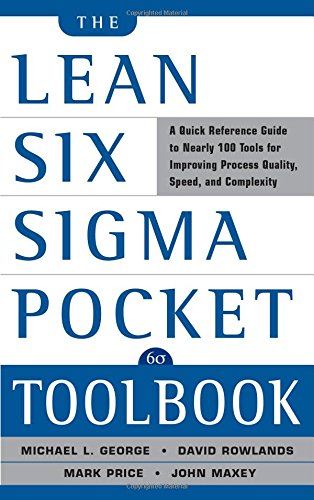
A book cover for The Lean Six Sigma Pocket Toolbook: A Quick Reference Guide to 100 Tools for Improving Quality and Speed; Michael L. George; Business & Money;